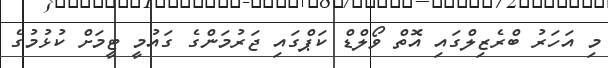
މި އަހަރު ބްރެޒިލްގައި އޮތް ވޯލްޑް ކަޕްގައި ޖަރުމަންގެ ގައުމީ ޓީމަށް ކުޅުމުގެ